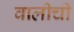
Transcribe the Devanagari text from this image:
वालीची